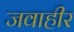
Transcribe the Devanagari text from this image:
जवाहीर